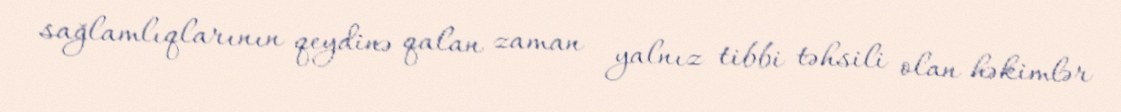
sağlamlıqlarının qeydinə qalan zaman yalnız tibbi təhsili olan həkimlər